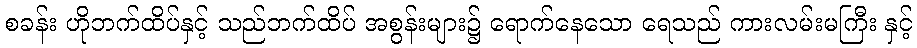
စခန်း ဟိုဘက်ထိပ်နှင့် သည်ဘက်ထိပ် အစွန်းများ၌ ရောက်နေသော ရေသည် ကားလမ်းမကြီး နှင့်